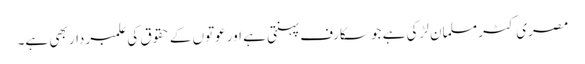
مصری کٹر مسلمان لڑکی ہے جو سکارف پہنتی ہے اور عوتوں کے حقوق کی علمبردار بھی ہے۔